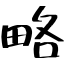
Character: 略